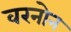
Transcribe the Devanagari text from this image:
वरनोन